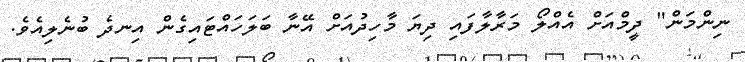
ނިންމަން" ދީމްއަށް އެއްލޯ މަރާލާފައި ދިޔަ މާހިދުއަށް އޭނާ ބަލަހައްޓައިގެން އިނދެ ބުނެލިއެވެ.